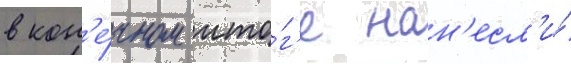
в кон'е́чном ито́г'е нан'есл'и́